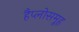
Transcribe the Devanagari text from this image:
हैप्लोसमूह